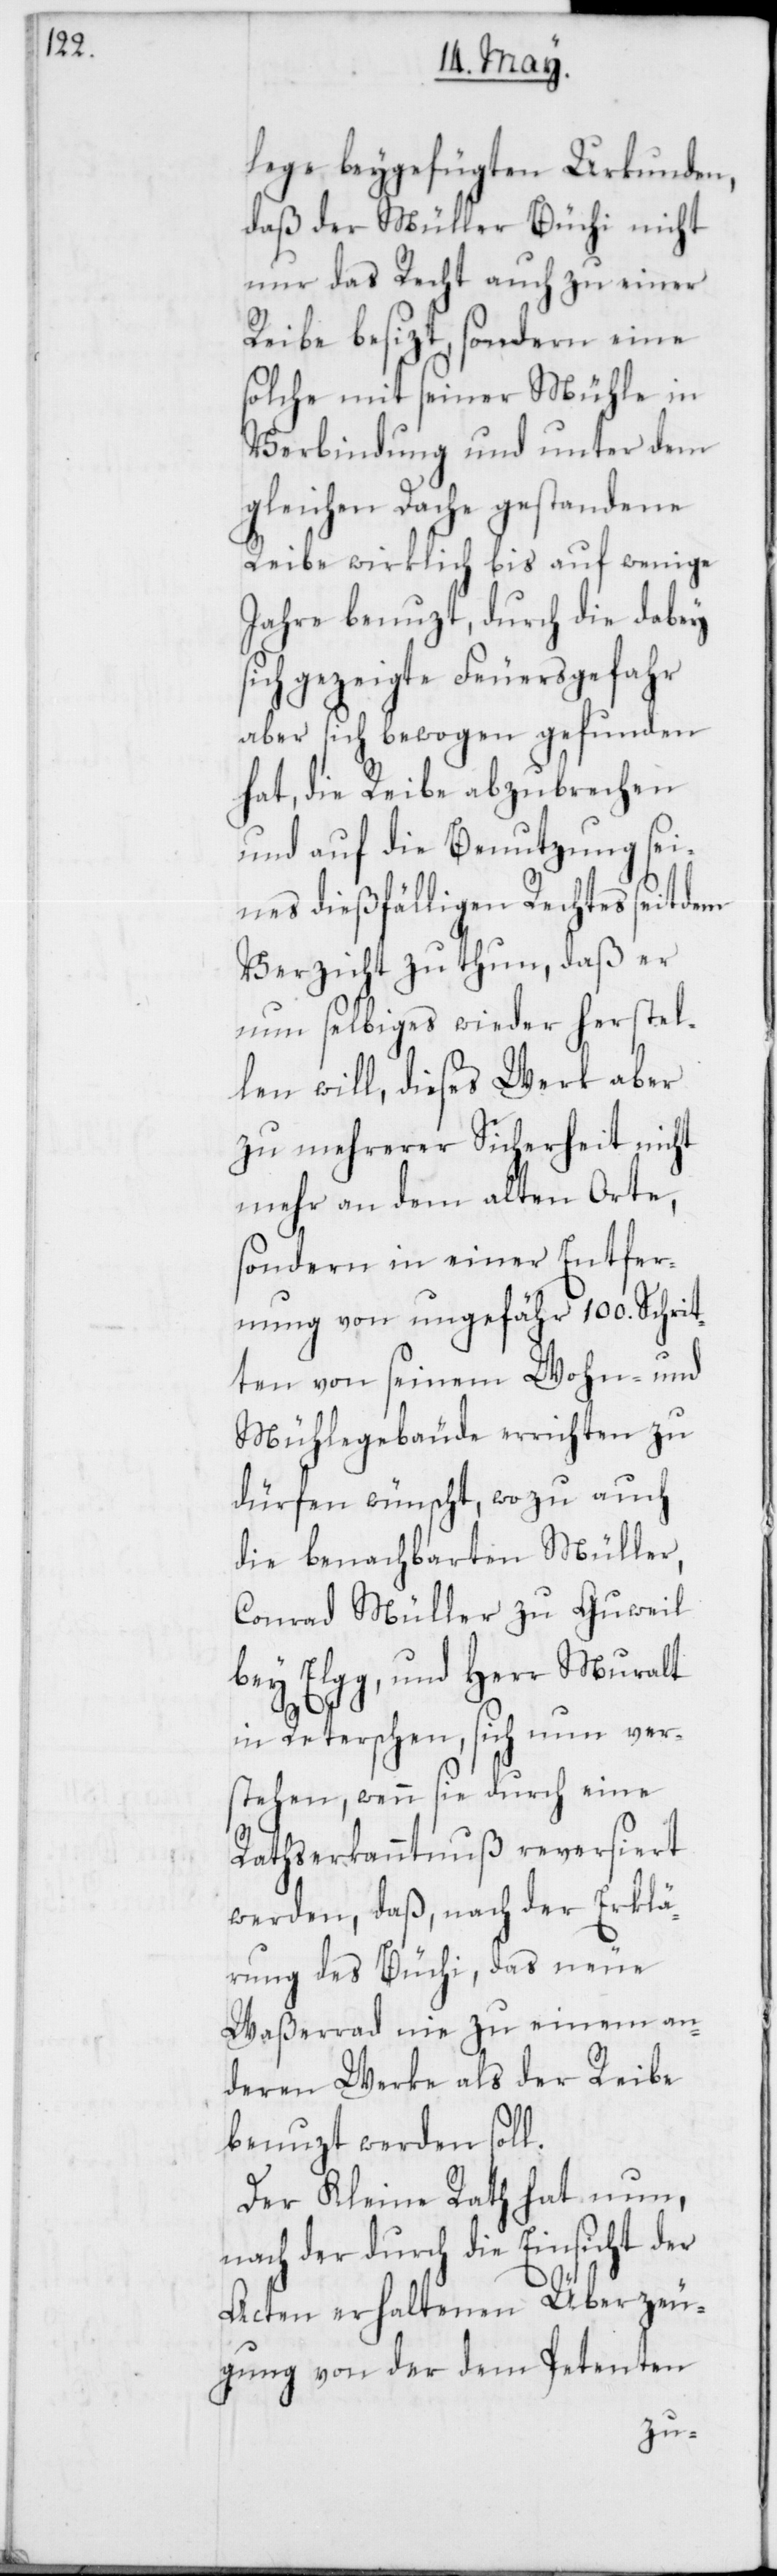
lege beygefügten Urkunden,
daß der Müller Büchi nicht
nur das Recht auch zu einer
Reibe besizt, sondern eine
solche mit seiner Mühle in
Verbindung und unter dem
gleichen Dache gestandene
Reibe wirklich bis auf wenige
Jahre benuzt, durch die dabey
sich gezeigte Feuersgefahr
aber sich bewogen gefunden
hat, die Reibe abzubrechen
und auf die Benutzung sei¬
nes dießfälligen Rechtes seit dem
Verzicht zu thun, daß er
nun selbiges wieder herstel¬
len will, dieses Werk aber
zu mehrerer Sicherheit nicht
mehr an dem alten Orte,
sondern in einer Entfer¬
nung von ungefähr 100. Schrit¬
ten von seinem Wohn- und
Mühlegebäude errichten zu
dürfen wünscht, wozu auch
die benachbarten Müller,
Conrad Müller zu Guweil
bey Elgg, und Herr Muralt
in Reterschen, sich nun ver¬
stehen, wenn sie durch eine
Rathserkanntnuß reversiert
werden, daß, nach der Erklä¬
rung des Büchi, das neue
Waßerrad nie zu einem an¬
deren Werke als der Reibe
benuzt werden soll.
Der Kleine Rath hat nun,
nach der durch die Einsicht der
Acten erhaltenen Überzeu¬
gung von der dem Petenten